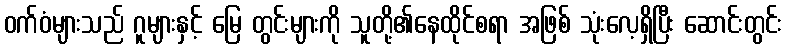
ဝက်ဝံများသည် ဂူများနှင့် မြေ တွင်းများကို သူတို့၏နေထိုင်စရာ အဖြစ် သုံးလေ့ရှိပြီး ဆောင်းတွင်း